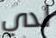
لدي